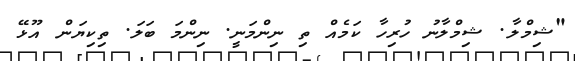
"ޝިމްލާ. ޝިމްލާނު ހުރިހާ ކަމެއް ތި ނިންމަނީ. ނިންމަ ބަލަ. ތިކިޔަން އޫޅޭ